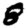
Digit: 8